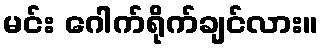
မင်း ဂေါက်ရိုက်ချင်လား။